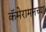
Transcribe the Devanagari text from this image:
कॅमेरामनच्या